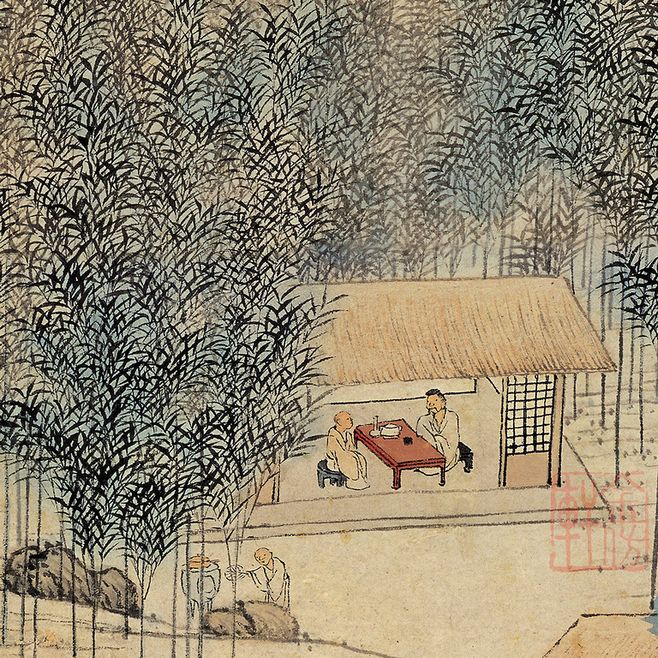
数枝门柳低衣桁，一片山花落笔床。